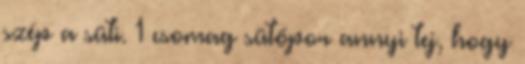
szép a süti. 1 csomag sütőpor annyi tej, hogy